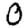
Digit: 0